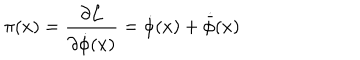
\pi ( x ) = \frac { \partial { \cal L } } { \partial { \dot { \phi } } ( x ) } = { \dot { \phi } } ( x ) + { \dot { \bar { \phi } } } ( x )